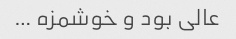
عالی بود و خوشمزه …